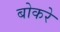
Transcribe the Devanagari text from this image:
बोकरे